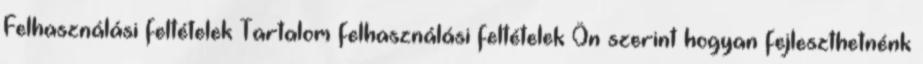
Felhasználási feltételek Tartalom felhasználási feltételek Ön szerint hogyan fejleszthetnénk